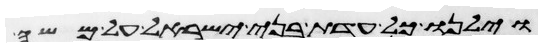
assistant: וילנו כל עדת בני ישראל על משה